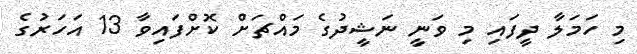
މި ހަމަލާ ދީފައި މި ވަނީ ނަޝީދުގެ މައްޗަށް ކޮށްފައިވާ 13 އަހަރުގެ